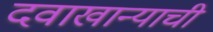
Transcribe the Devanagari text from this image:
दवाखान्याची